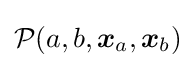
{\mathcal {P}}(a,b,{\boldsymbol {x}}_{a},{\boldsymbol {x}}_{b})